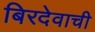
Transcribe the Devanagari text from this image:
बिरदेवाची